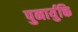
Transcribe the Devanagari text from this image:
पुनार्युक्ति